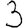
Digit: 3